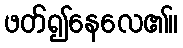
ဖတ်၍နေလေ၏။